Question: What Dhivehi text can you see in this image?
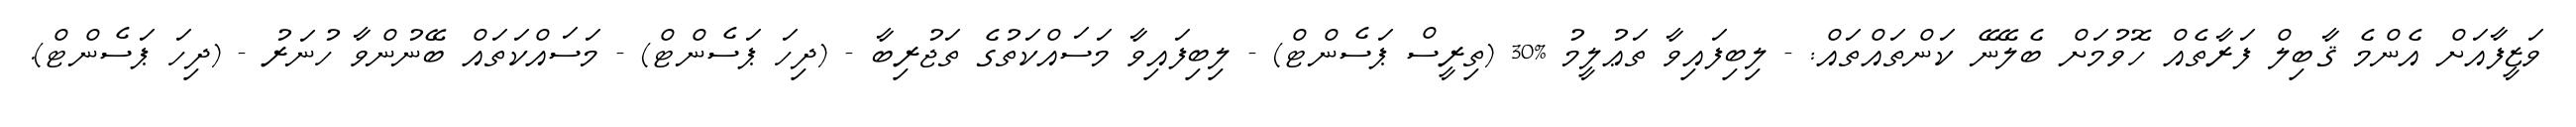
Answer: ވަޒީފާއަށް އެންމެ ޤާބިލް ފަރާތެއް ހޮވުމަށް ބެލޭނޭ ކަންތައްތައް: - ލިބިފައިވާ ތަޢުލީމު %30 (ތިރީސް ޕަސެންޓް) - ލިބިފައިވާ މަސައްކަތުގެ ތަޖުރިބާ - (ދިހަ ޕަސެންޓް) - މަސައްކަތައް ބޭނުންވާ ހުނަރު - (ދިހަ ޕަސެންޓް).